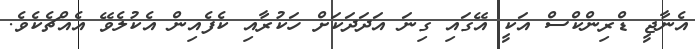
އެނާޖީ ޑްރިންކްސް އަކީ އޭގައި ގިނަ އަދަދަކަށް ހަކުރާއި ކެފެއިން އެކުލެވޭ އެއްޗެކެވެ.